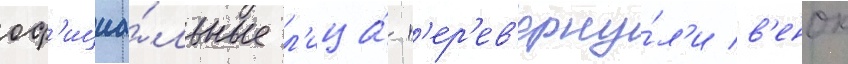
оф'ициа́льные л'ица́ п'ер'ев'ерну́л'и в'енок